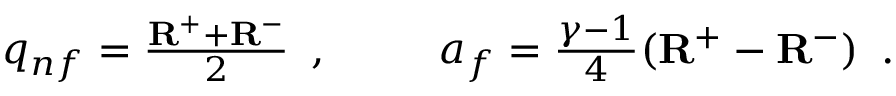
\begin{array} { r l r } { q _ { n f } = \frac { \mathbf { R } ^ { + } + \mathbf { R } ^ { - } } { 2 } \, \mathrm { ~ , ~ } } & { { } \ } & { a _ { f } = \frac { \gamma - 1 } { 4 } ( \mathbf { R } ^ { + } - \mathbf { R } ^ { - } ) \, \mathrm { ~ . ~ } } \end{array}